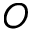
O